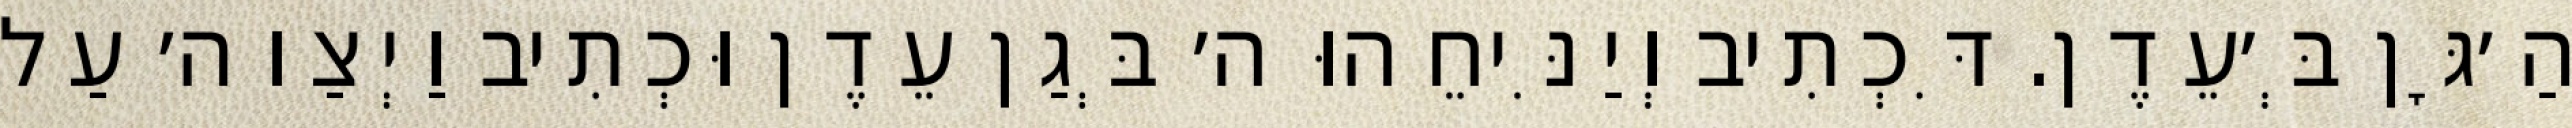
הַ׳גָּן בְּ׳עֵדֶן. דִּכְתִיב וְיַנִּיחֵהוּ ה׳ בְּגַן עֵדֶן וּכְתִיב וַיְצַו ה׳ עַל